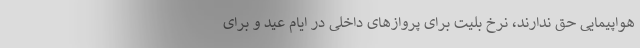
هواپیمایی حق ندارند، نرخ بلیت برای پروازهای داخلی در ایام عید و برای